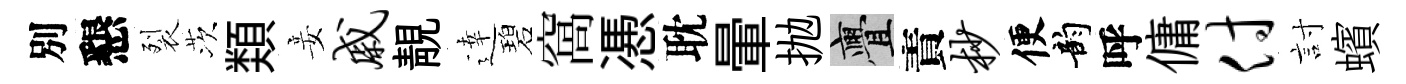
別懇裂茨𩔖妾戚靚逹碧窩慿耽暈抛亹責杪便韵呼傭付討蠙